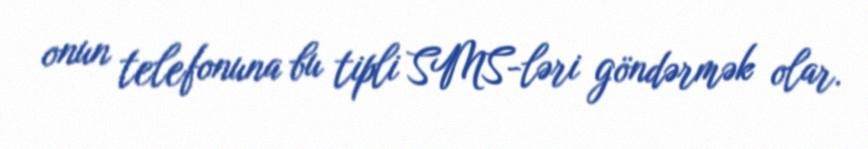
onun telefonuna bu tipli SMS-ləri göndərmək olar.